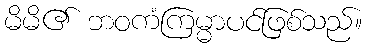
မိမိ၏ ဘဝကံကြမ္မာပင်ဖြစ်သည်။